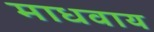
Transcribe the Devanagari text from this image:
माधवाय